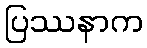
ပြဿနာက